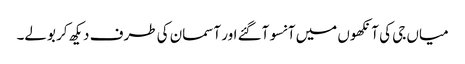
میاں جی کی آنکھوں میں آنسو آگئے اور آسمان کی طرف دیکھ کر بولے۔